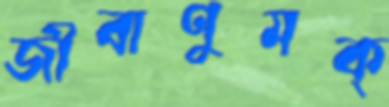
জীবাণুমক্